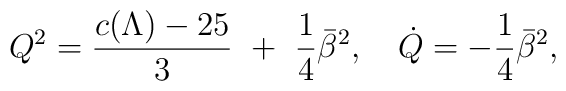
Q^2={c(\Lambda)-25\over3}~+~{1\over4}\bar\beta^2,~~~\dot Q=-{1\over4}\bar\beta^2,